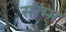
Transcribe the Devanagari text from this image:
सत्म्भ